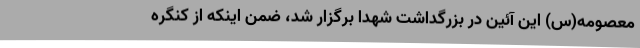
معصومه(س) این آئین در بزرگداشت شهدا برگزار شد، ضمن اینکه از کنگره